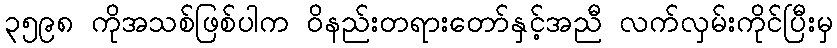
၃၅၉၈ ကိုအသစ်ဖြစ်ပါက ဝိနည်းတရားတော်နှင့်အညီ လက်လှမ်းကိုင်ပြီးမှ